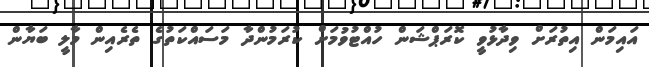
އައިމަން އިތުރަށް ވިދާޅުވީ ކޮރަޕްޝަން ހުއްޓުވުމަށް ކުރަމުންދާ މަސައްކަތުގެ ތެރެއިން މާލީ ބަޔާން